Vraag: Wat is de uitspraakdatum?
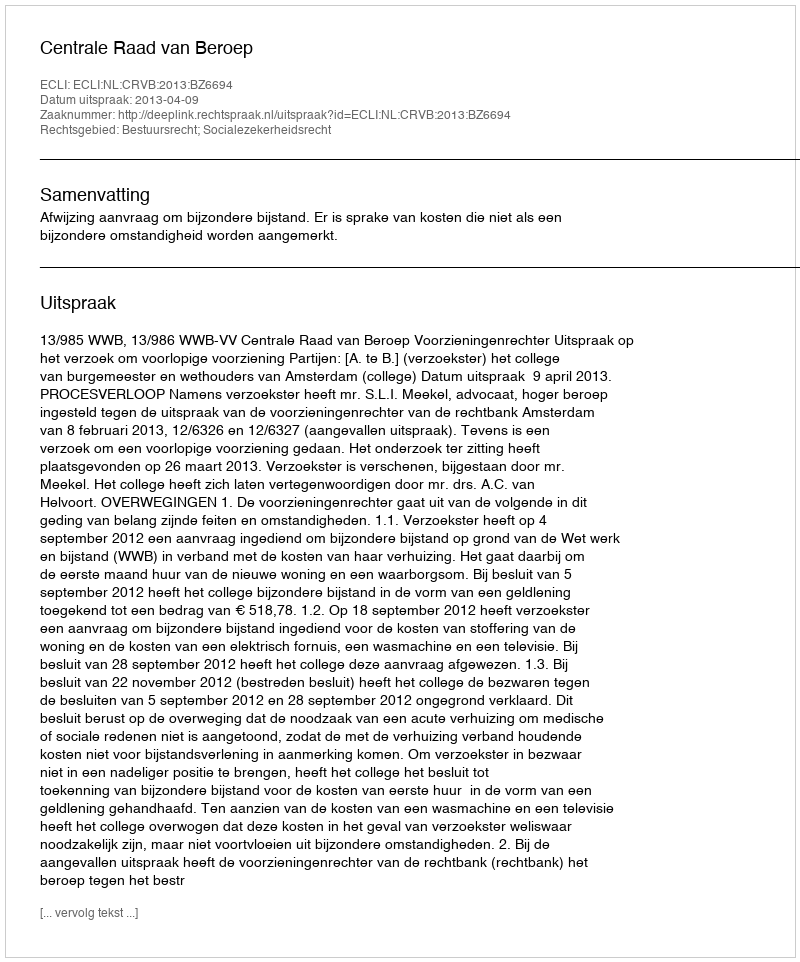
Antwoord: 2013-04-09